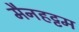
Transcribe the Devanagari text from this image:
मैनहट्टम